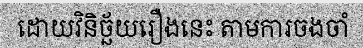
ដោយវិនិច្ឆ័យរឿងនេះ តាមការចងចាំ